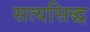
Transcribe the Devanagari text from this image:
सत्यसिद्ध